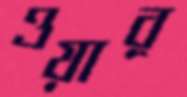
ওয়ার্